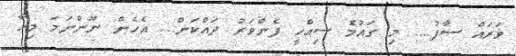
ޥަރައް ސާފު.... މި ގައުމުެ ސިއްހީ ފެންވަރު ދައްކަން... އެހެން ނޫންނަމަ މިހާ